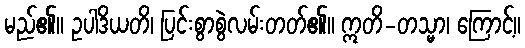
မည်၏။ ဥပါဒိယတိ၊ ပြင်းစွာစွဲလမ်းတတ်၏။ ဣတိ-တသ္မာ၊ ကြောင့်။